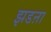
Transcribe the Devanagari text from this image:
झडऩा